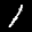
Label: 1